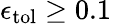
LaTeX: \epsilon_{\mathrm{{tol}}}\geq 0.1\